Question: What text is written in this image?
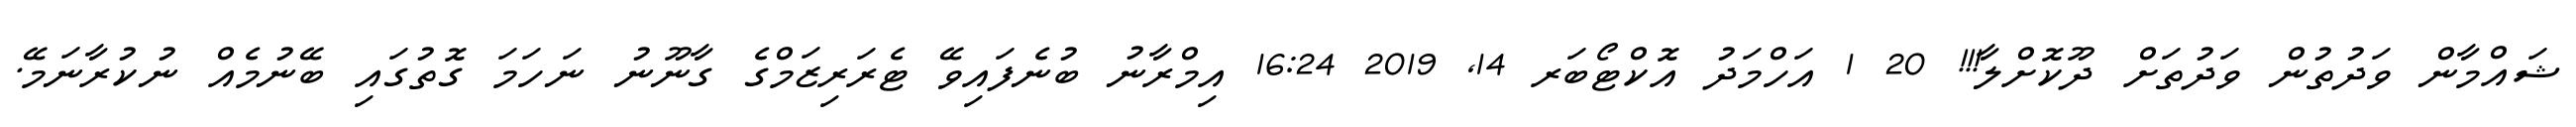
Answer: ޝައްމާން ވަދުތުން ވަދުތަށް ދޫކޮށްލާ!!! 20 1 އަހްމަދު އޮކްޓޯބަރ 14, 2019 16:24 އިމްރާނު ބުނެފައިވޭ ޓެރަރިޒަމްގެ ގާނޫނު ނަހަމަ ގޮތުގައި ބޭނުމެއް ނުކުރާނަމޭ.